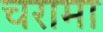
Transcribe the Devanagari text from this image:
चरामा